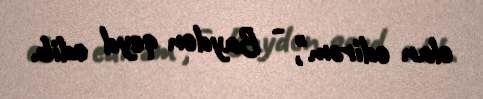
elan edirəm", - Bayden qeyd edib.